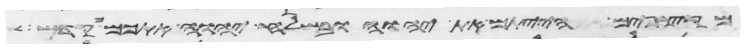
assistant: מקצפים הייתם את יהוה ובשלח יהוה אתכם מקדש